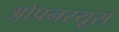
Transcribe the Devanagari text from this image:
ओपनस्यूस